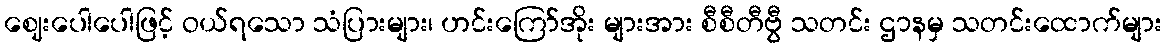
ဈေးပေါပေါဖြင့် ဝယ်ရသော သံပြားများ၊ ဟင်းကြော်အိုး များအား စီစီတီဗွီ သတင်း ဌာနမှ သတင်းထောက်များ